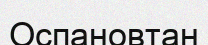
Оспановтан